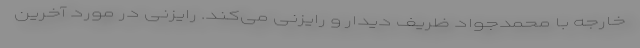
خارجه با محمدجواد ظریف دیدار و رایزنی می‌کند. رایزنی در مورد آخرین